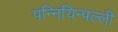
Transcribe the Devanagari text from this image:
पन्नियिन्पल्ली